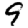
Digit: 9